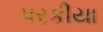
પરકીયા